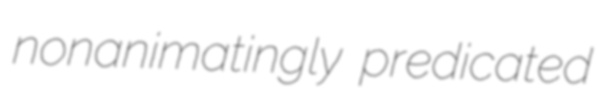
nonanimatingly predicated